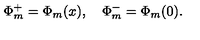
\Phi _ { m } ^ { + } = \Phi _ { m } ( x ) , \quad \Phi _ { m } ^ { - } = \Phi _ { m } ( 0 ) .